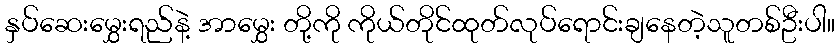
နှပ်ဆေးမွှေးရည်နဲ့ အာမွှေး တို့ကို ကိုယ်တိုင်ထုတ်လုပ်ရောင်းချနေတဲ့သူတစ်ဦးပါ။